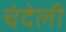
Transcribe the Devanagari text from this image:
चंदेली